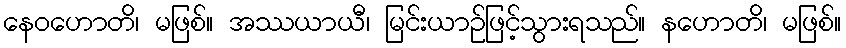
နေဝဟောတိ၊ မဖြစ်။ အဿယာယီ၊ မြင်းယာဉ်ဖြင့်သွားရသည်။ နဟောတိ၊ မဖြစ်။